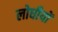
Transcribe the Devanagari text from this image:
लोधीयों